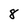
Character: 8